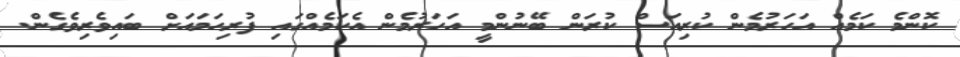
ކޮންމެ ކަމެއް އަހަރުމެން ކުރިއަސް ކުރަން ބޭނުންމީ އަހަރުމެން އެކަމެއްގައި ފުރިހަމައަށް ބައިވެރިވެގެން.